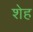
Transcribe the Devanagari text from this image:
शेह